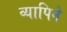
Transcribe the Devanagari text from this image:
व्यापिने